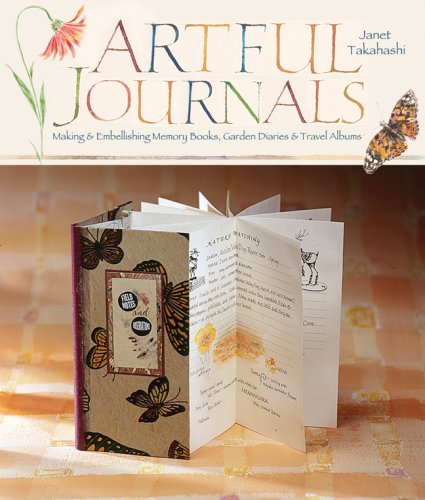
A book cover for Artful Journals: Making & Embellishing Memory Books, Garden Diaries & Travel Albums; Janet Takahashi; Crafts, Hobbies & Home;